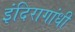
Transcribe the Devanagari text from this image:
इंदिरागांधी